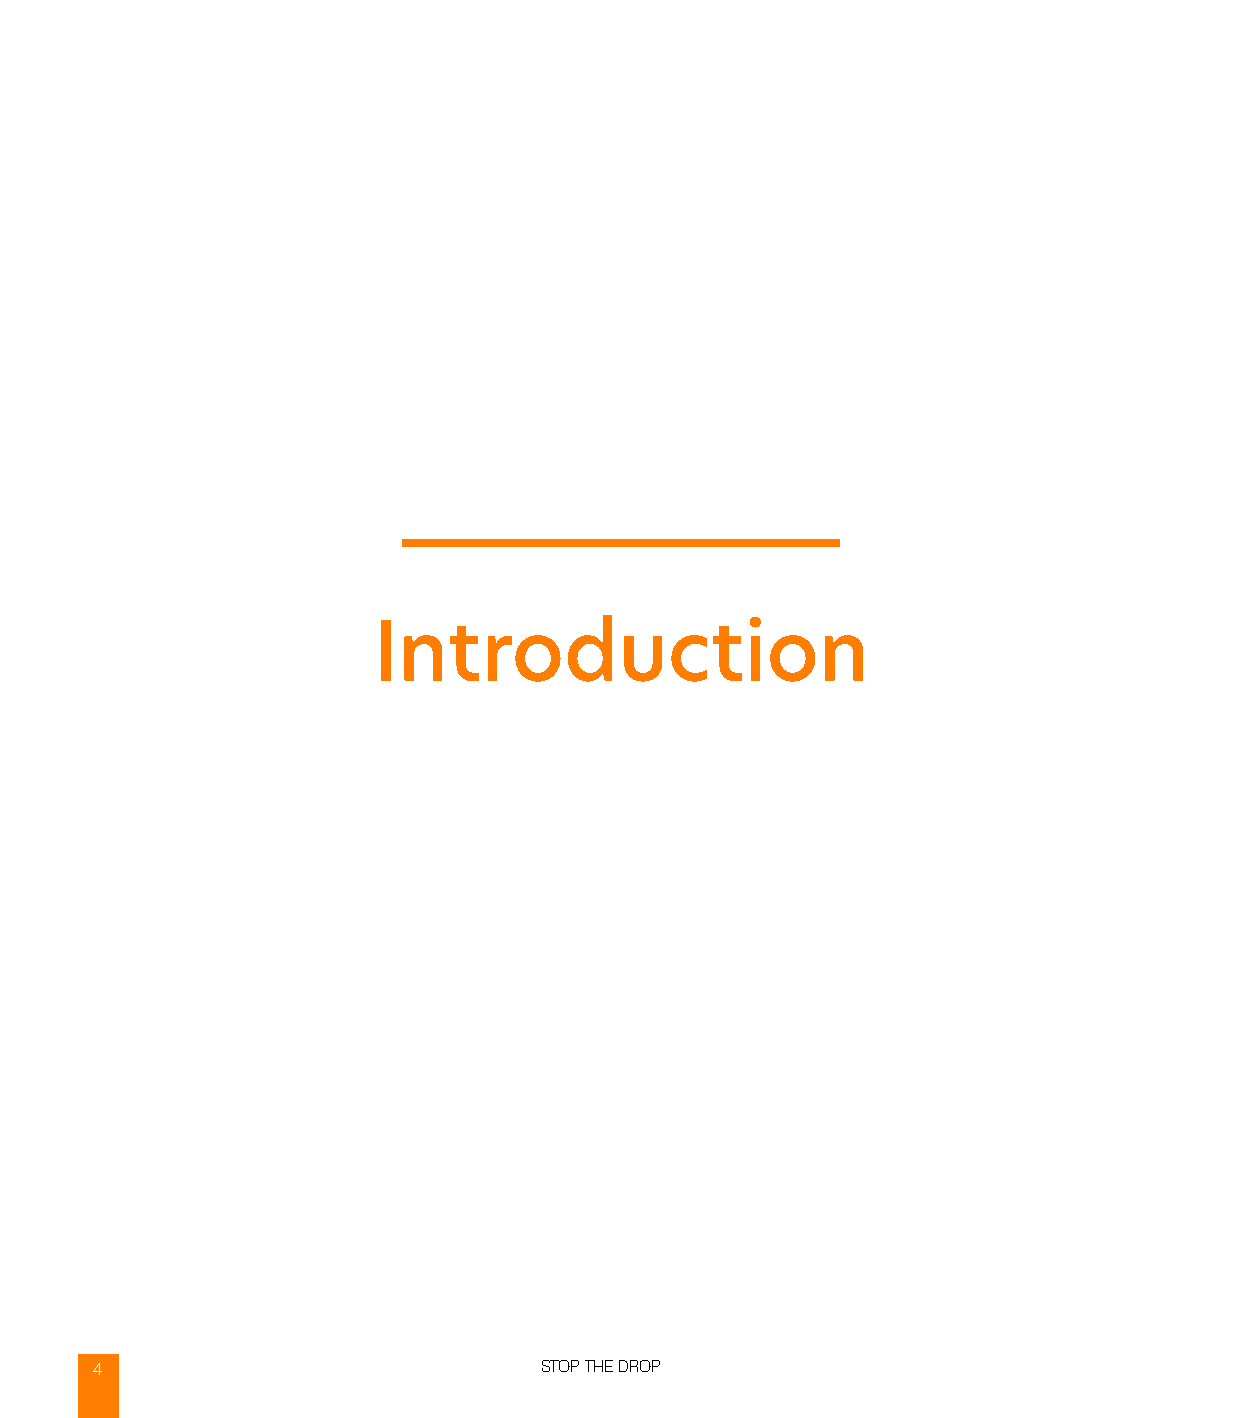
Introduction
 4                             STOP THE DROP